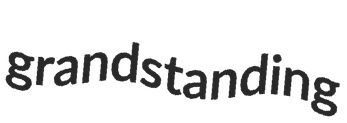
grandstanding